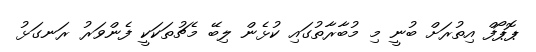
ޕޮޕޯފް އިތުރަށް ބުނީ މި މުބާރާތުގައި ކުޅެން ލިބޭ މެޗުތަކަކީ ފެންވަރު ރަނގަޅު